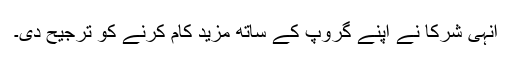
انہی شرکا نے اپنے گروپ کے ساتھ مزید کام کرنے کو ترجیح دی۔